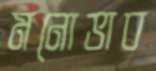
মনোভাব